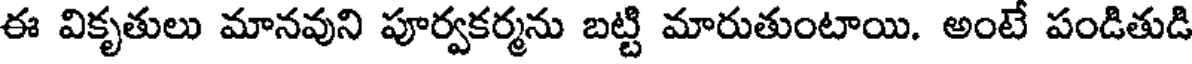
ఈ వికృతులు మానవుని పూర్వకర్మను బట్టి మారుతుంటాయి. అంటే పండితుడి